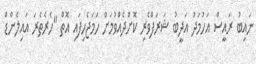
ނައިބު ރައީސް އަހުމަދު އަދީބު ޝަރަފްވެރި ކޮށްދެއްވުމަށް ހަމަޖެހިފައި އޮތް "ހެރެތެރަ އައިލެންޑް